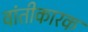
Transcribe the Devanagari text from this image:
वांतीकारक